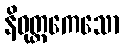
နိဝုတ္တကေသော